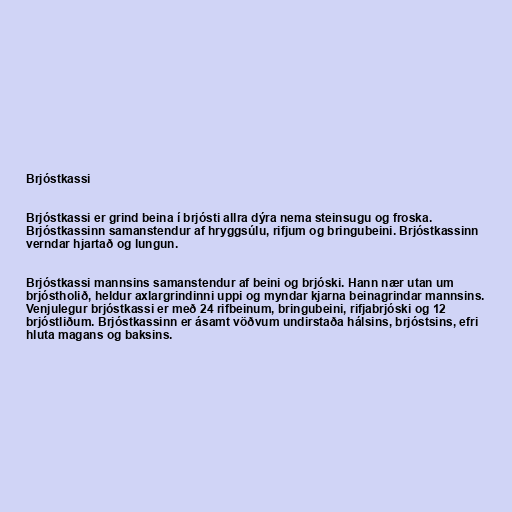
Brjóstkassi

Brjóstkassi er grind beina í brjósti allra dýra nema steinsugu og froska.
Brjóstkassinn samanstendur af hryggsúlu, rifjum og bringubeini. Brjóstkassinn
verndar hjartað og lungun.

Brjóstkassi mannsins samanstendur af beini og brjóski. Hann nær utan um
brjóstholið, heldur axlargrindinni uppi og myndar kjarna beinagrindar mannsins.
Venjulegur brjóstkassi er með 24 rifbeinum, bringubeini, rifjabrjóski og 12
brjóstliðum. Brjóstkassinn er ásamt vöðvum undirstaða hálsins, brjóstsins, efri
hluta magans og baksins.